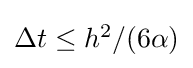
{\textstyle \Delta t\leq h^{2}/(6\alpha )}